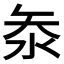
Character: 𭰋